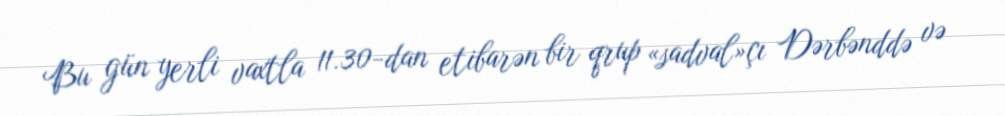
Bu gün yerli vaxtla 11.30-dan etibarən bir qrup «sadval»çı Dərbənddə və